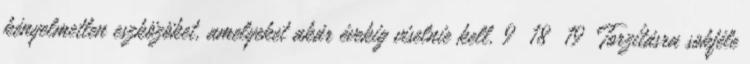
kényelmetlen eszközöket, amelyeket akár évekig viselnie kell. 9 18 19 Torzításra sokféle